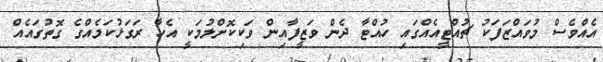
އެއްވެސް މުވައްޒަފަކު ޗުއްޓީއެއްގައި ހުއްޓާ ދެން ވަޒީފާއިން ވަކިކޮށްލުމަކީ އެހާ ރަގަޅުކަމެއްގެ ގޮތުގައެއް